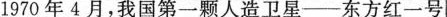
1970年4月，我国第一颗人造卫星--东方红一号